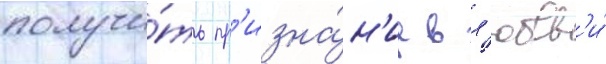
получи́ть пр'изна́н'ие в л'юбв'и́